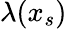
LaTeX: \lambda(x_{s})